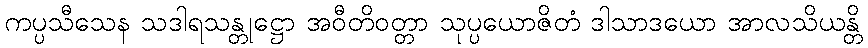
ကပ္ပသီသေန သဒါရသန္တုဋ္ဌော အဝီတိဝတ္တာ သုပ္ပယောဇိတံ ဒါသာဒယော အာလသိယန္တိ